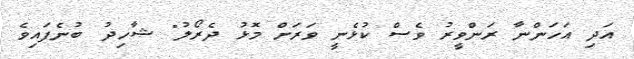
އަދި އަހަންނާ ރަންވީރު ވެސް ކުޅެނީ ވަރަށް މޮޅު ދެރޯލު" ޝާހިދު ބުނެފައިވެ